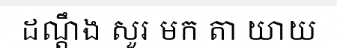
ដណ្តឹង សួរ មក តា យាយ